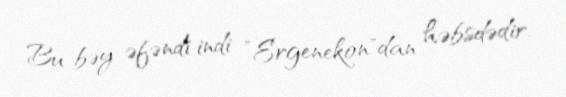
Bu bəy əfəndi indi ”Ergenekon"dan həbsdədir.